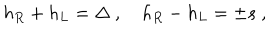
h _ { R } + h _ { L } = \Delta \ , \quad h _ { R } - h _ { L } = \pm s \ ,